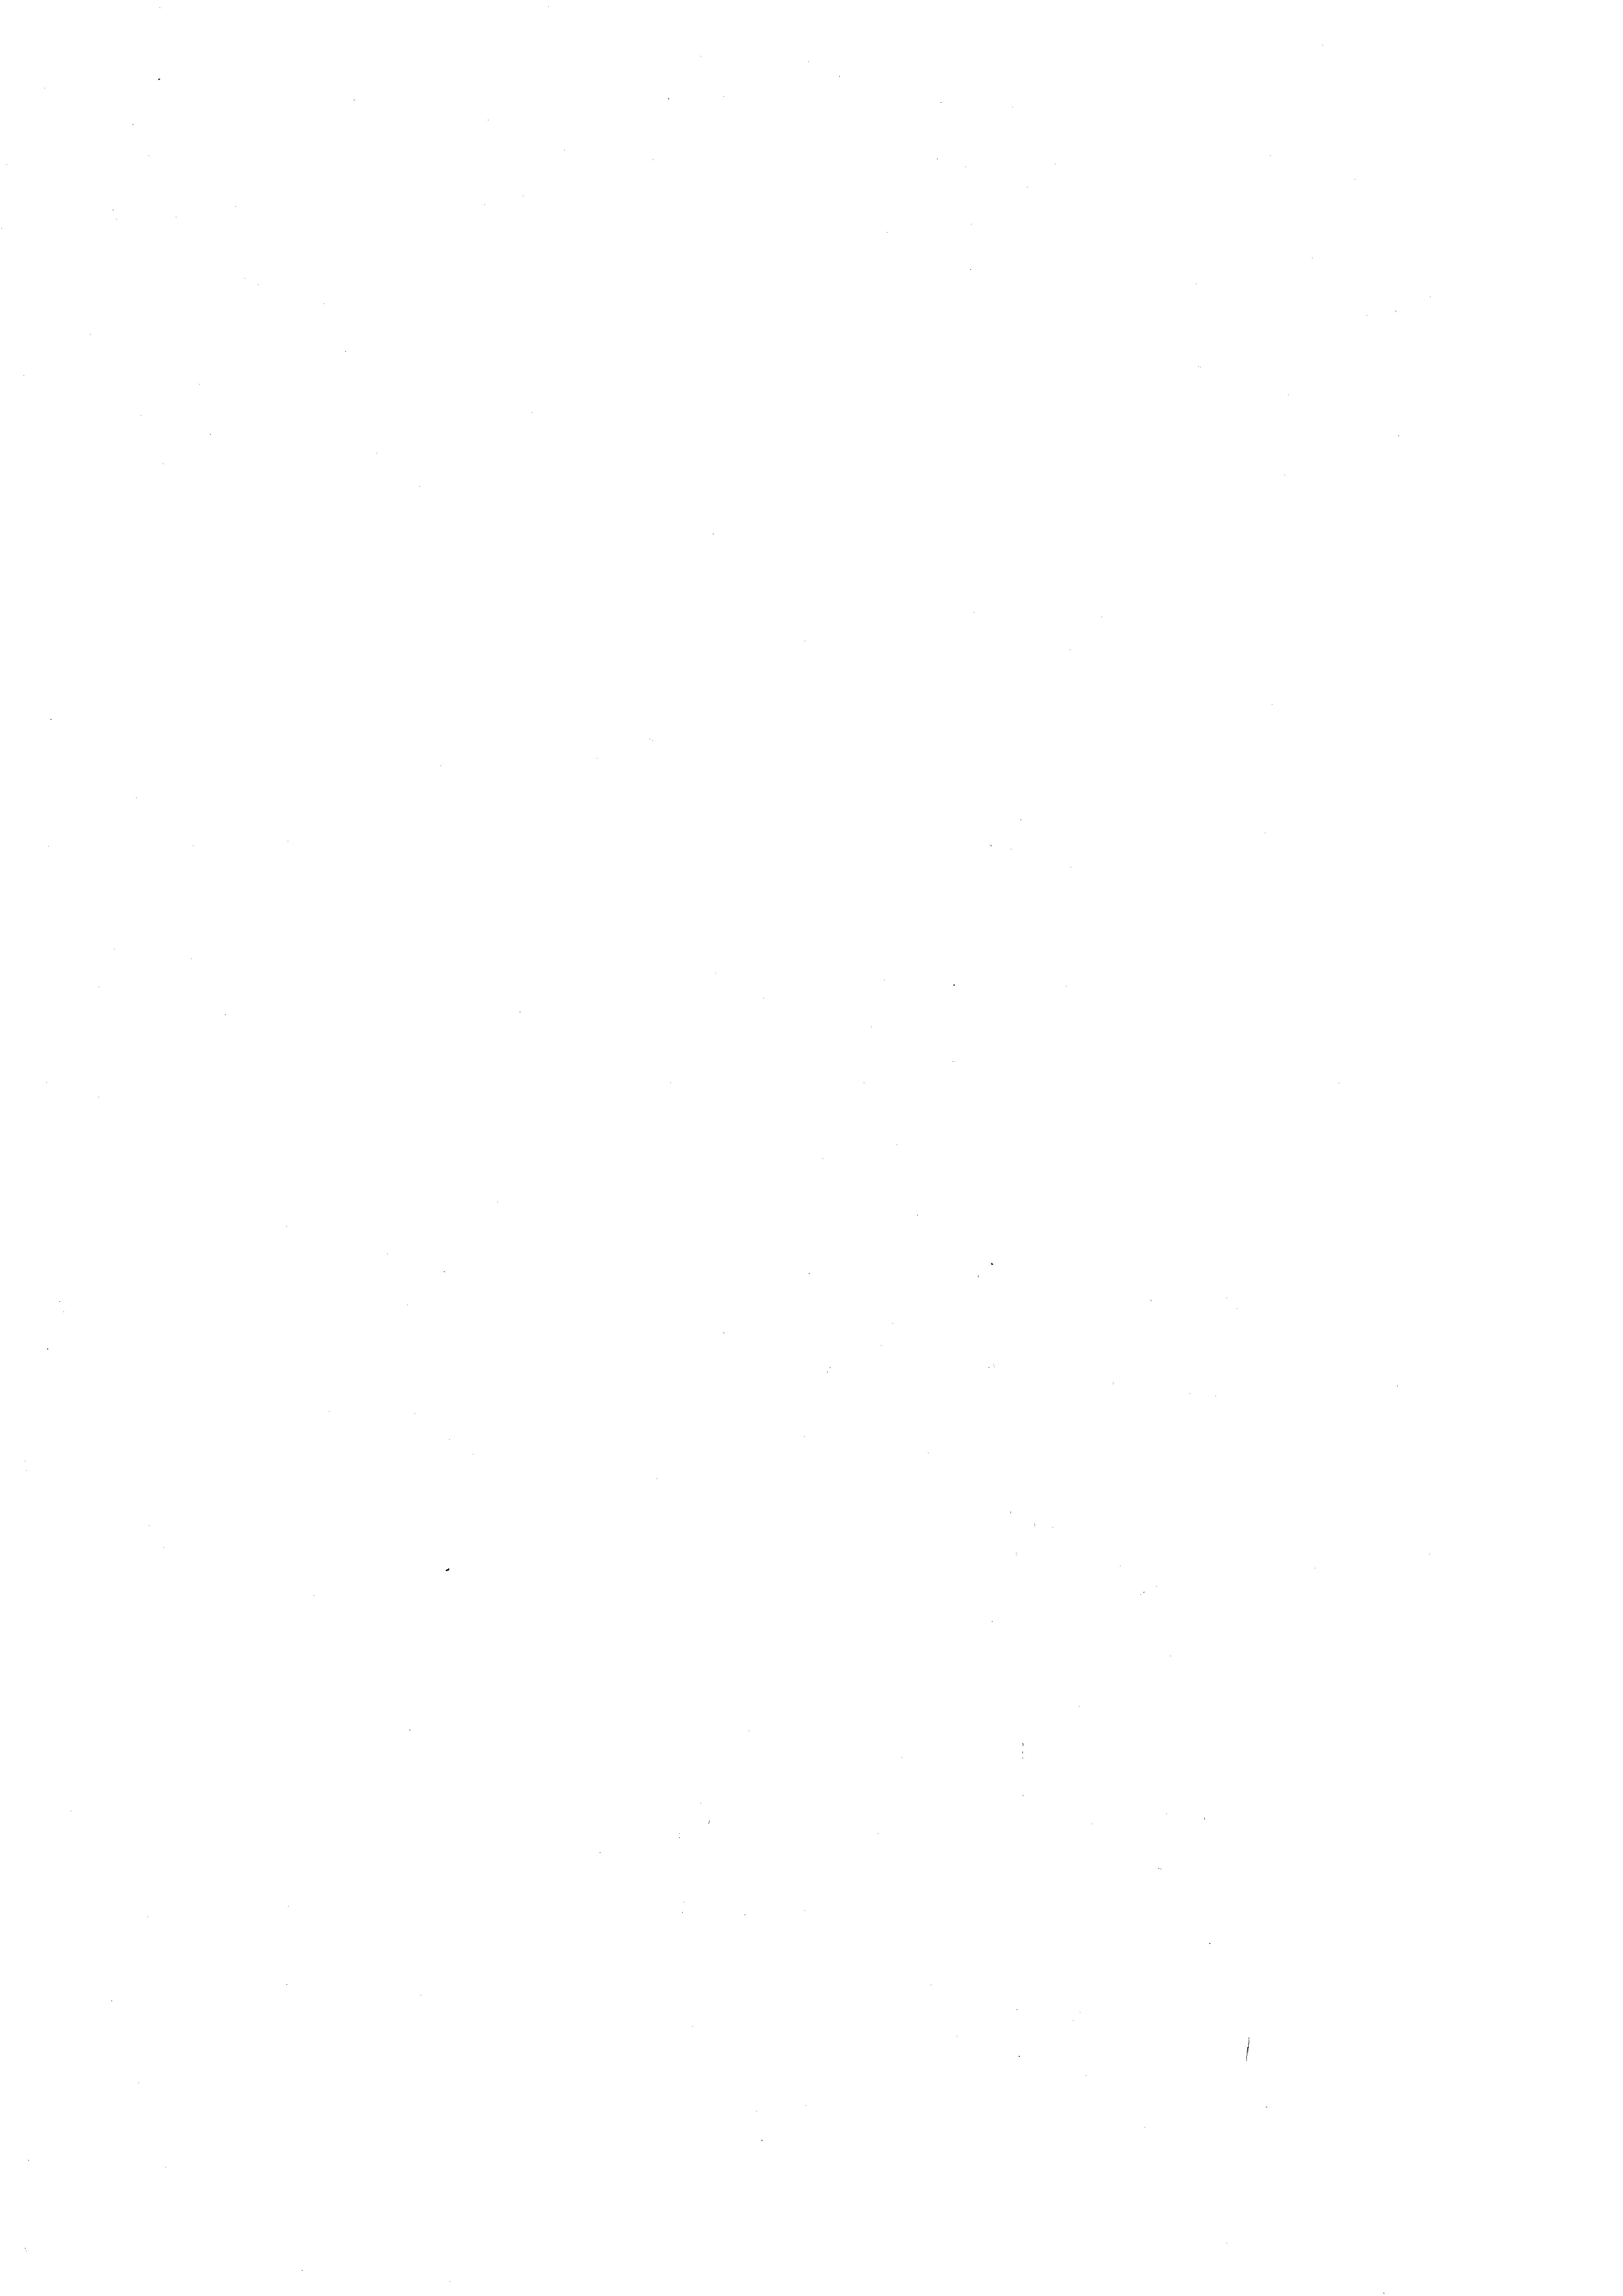
e

e

e

e

e

e

d

e

¬

e

e

e

e

e

e

¬

.

e
.

¬

e

¬
.

¬

¬
e
e

.
¬

¬
e
e

e
e

e
2
d
e
.
¬
.

¬
s
n

n
¬

n

e

s

e
e
¬

u

2

12

e